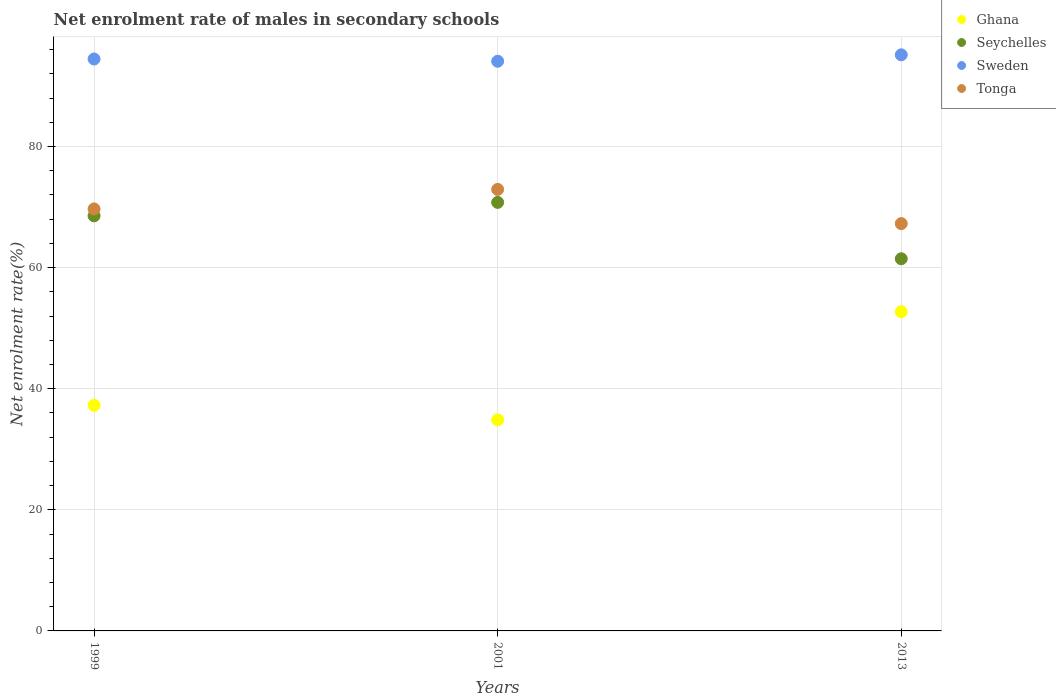
| Years | Ghana | Seychelles | Sweden | Tonga |
 | --- | --- | --- | --- | --- |
 | 1999 | 37.3 | 68.6 | 94.5 | 69.7 |
 | 2001 | 34.9 | 70.8 | 94.1 | 72.9 |
 | 2013 | 52.7 | 61.5 | 95.1 | 67.3 |